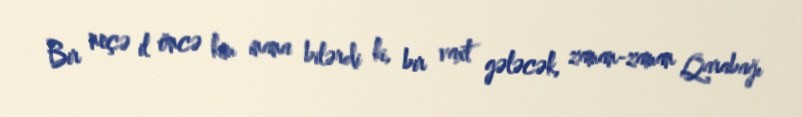
Bir neçə il öncə kim inana bilərdi ki, bir vaxt gələcək, zaman-zaman Qarabağı